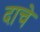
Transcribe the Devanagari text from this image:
दाचे